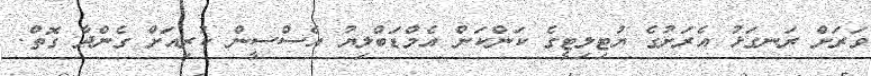
ވަރަށް ރަނގަޅު އެރަށުގެ ޔުޓިލިޓީގެ ކަންކަން އެމްޑަބްލިޔު އެސްސީން ކުރިއަށް ގެންދާ ގޮތް.